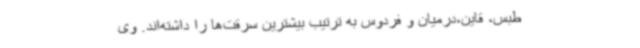
طبس، قاین،درمیان و فردوس به ترتیب بیشترین سرقت‌ها را داشته‌اند. وی